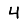
Digit: 4